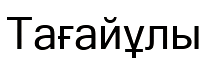
Тағайұлы